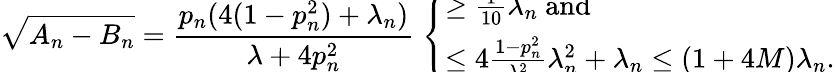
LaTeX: \sqrt{A_{n}-B_{n}}=\frac{p_{n}(4(1-p_{n}^{2})+\lambda_{n})}{\lambda+4p_{n}^{2}}\; \smash{\left\{ \begin{array}{ll}{\geq\frac{1}{10}\lambda_{n}\mathrm{~and}}\\ {\leq 4\frac{1-p_{n}^{2}}{\lambda_{n}^{2}}\lambda_{n}^{2}+\lambda_{n}\leq(1+4M)\lambda_{n}.}\end{array}\right.}